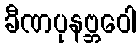
ခီဏပုနဗ္ဘဝေါ